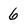
Character: 6